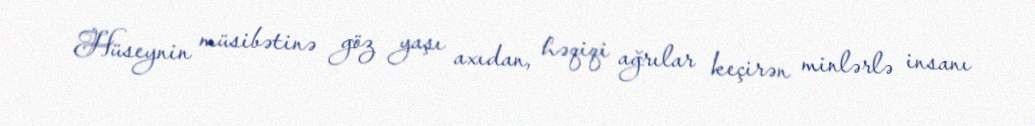
Hüseynin müsibətinə göz yaşı axıdan, həqiqi ağrılar keçirən minlərlə insanı